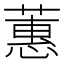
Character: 蕙